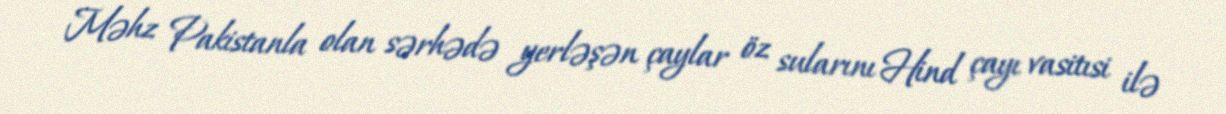
Məhz Pakistanla olan sərhədə yerləşən çaylar öz sularını Hind çayı vasitısi ilə